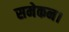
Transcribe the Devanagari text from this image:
समेकन।